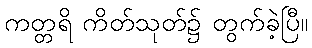
ကတ္တရိ ကိတ်သုတ်၌ တွက်ခဲ့ပြီ။